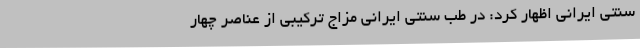
سنتی ایرانی اظهار کرد: در طب سنتی ایرانی مزاج ترکیبی از عناصر چهار